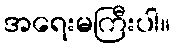
အရေးမကြီးပါ။